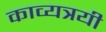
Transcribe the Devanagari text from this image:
काव्यत्रयी